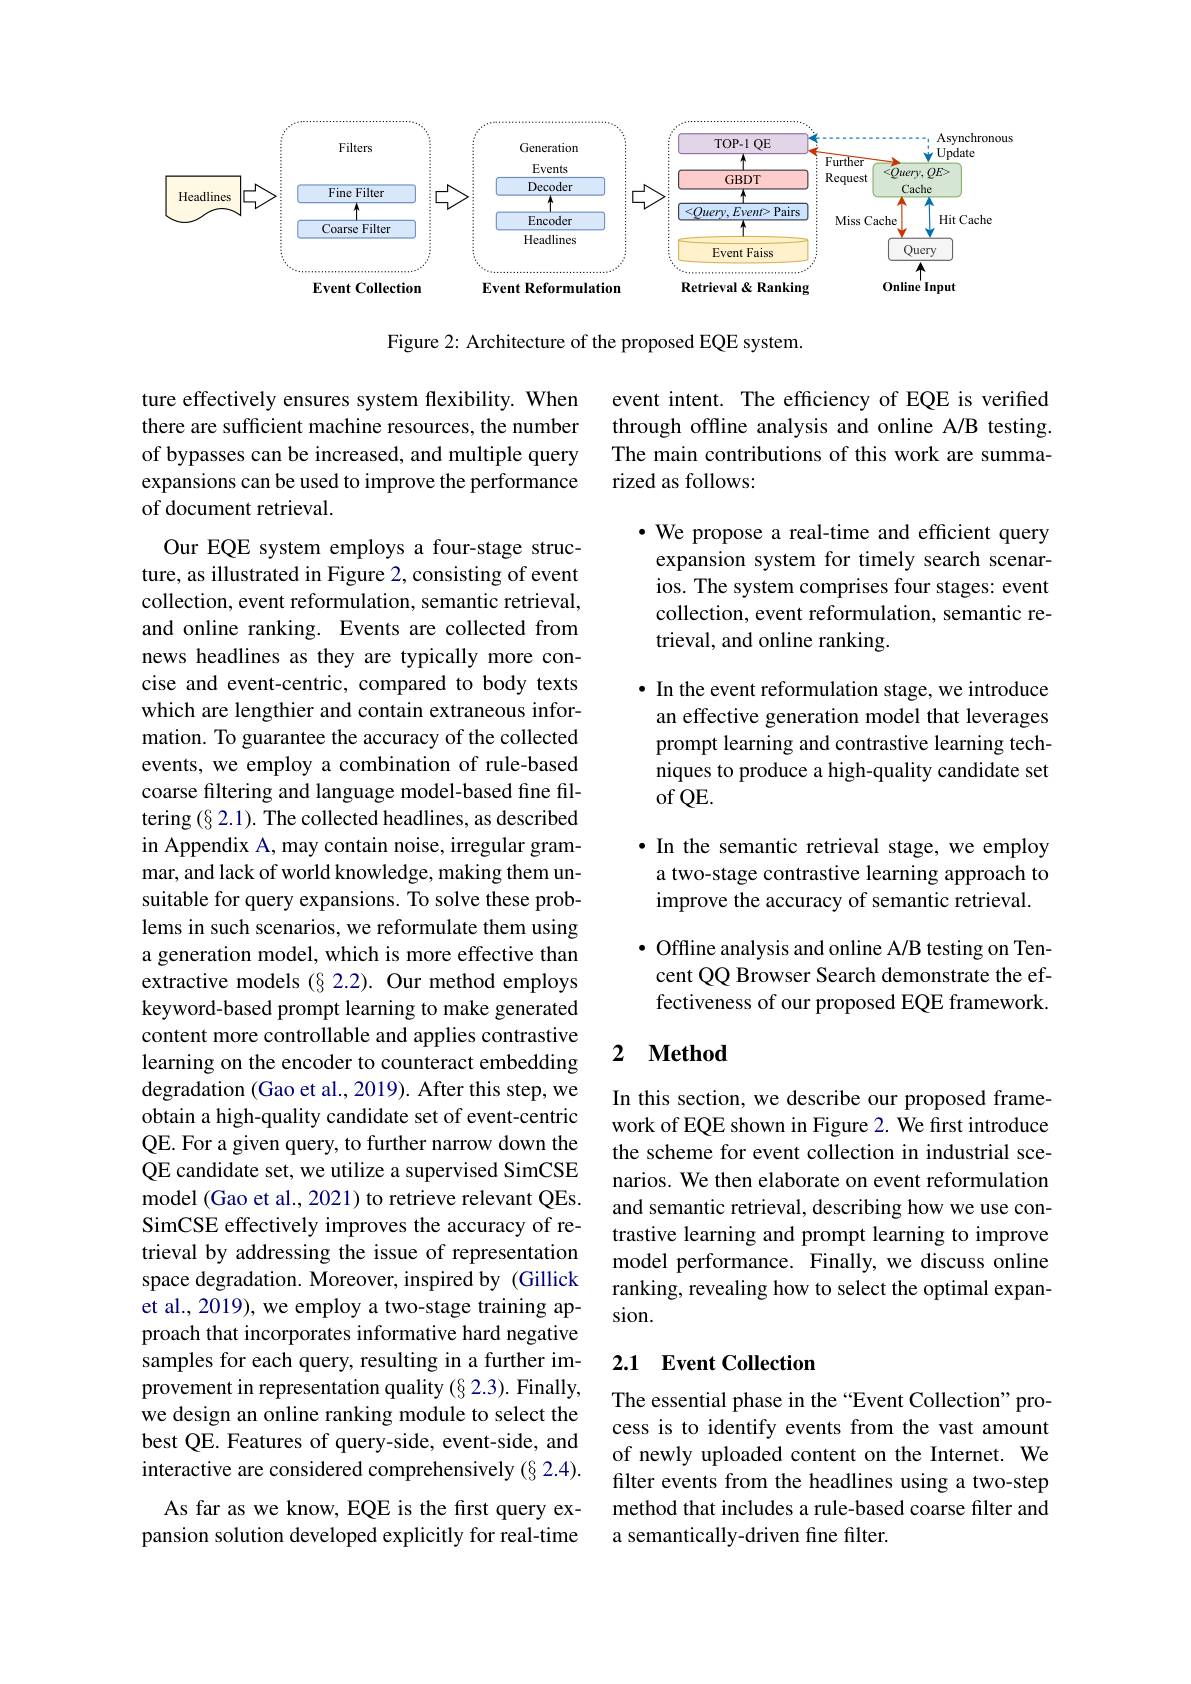
<FigureHere>

Figure 2: Architecture of the proposed EQE system.

event intent. The efficiency of EQE is verified through offline analysis and online A/B testing. The main contributions of this work are summarized as follows:

ture effectively ensures system flexibility. When there are sufficient machine resources, the number of bypasses can be increased, and multiple query expansions can be used to improve the performance of document retrieval.

·We propose a real-time and efficient query expansion system for timely search scenarios. The system comprises four stages: event collection, event reformulation, semantic retrieval, and online ranking.

· In the event reformulation stage, we introduce
an effective generation model that leverages prompt learning and contrastive learning techniques to produce a high-quality candidate set $ofQE.$

·In the semantic retrieval stage, we employ a two-stage contrastive learning approach to improve the accuracy of semantic retrieval.

· Offline analysis and online A/B testing on Tencent QQ Browser Search demonstrate the effectiveness of our proposed EQE framework.

Our EQE system employs a four-stage structure, as illustrated in Figure 2, consisting of event collection, event reformulation, semantic retrieval, and online ranking. Events are collected from news headlines as they are typically more concise and event-centric, compared to body texts which are lengthier and contain extraneous information. To guarantee the accuracy of the collected events, we employ a combination of rule-based coarse filtering and language model-based fine filtering $(\S2.1).$ The collected headlines, as described in Appendix A, may contain noise, irregular grammar, and lack of world knowledge, making them unsuitable for query expansions. To solve these problems in such scenarios, we reformulate them using a generation model, which is more effective than extractive models $(\S2.2).$ Our method employs keyword-based prompt learning to make generated content more controllable and applies contrastive learning on the encoder to counteract embedding degradation (Gao et al., 2019). After this step, we obtain a high-quality candidate set of event-centric QE. For a given query, to further narrow down the QE candidate set, we utilize a supervised SimCSE model (Gao et al., 2021) to retrieve relevant QEs. SimCSE effectively improves the accuracy of retrieval by addressing the issue of representation space degradation. Moreover, inspired by (Gillick et al., 2019), we employ a two-stage training approach that incorporates informative hard negative samples for each query, resulting in a further improvement in representation quality (§2.3). Finally, we design an online ranking module to select the best QE. Features of query-side, event-side, and interactive are considered comprehensively (§ 2.4). As far as we know, EQE is the first query expansion solution developed explicitly for real-time

### 2 $\textbf{Method}$

In this section, we describe our proposed framework of EQE shown in Figure 2. We first introduce the scheme for event collection in industrial scenarios. We then elaborate on event reformulation and semantic retrieval, describing how we use contrastive learning and prompt learning to improve model performance. Finally, we discuss online ranking, revealing how to select the optimal expansion.

## 2.1 Event Collection

The essential phase in the “Event Collection” process is to identify events from the vast amount of newly uploaded content on the Internet. We filter events from the headlines using a two-step method that includes a rule-based coarse filter and a semantically-driven fine filter.